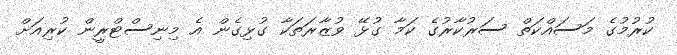
ކުރުމުގެ މަސައްކަތް ސަރުކާރުގެ ކަމާ ގުޅޭ ވުޒާރަތަކާ ގުޅިގެން އެ މިނިސްޓްރީން ކުރިއަށް